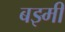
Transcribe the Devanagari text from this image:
बझ्मी